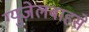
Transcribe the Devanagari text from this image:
ग्युज़ेलबाहसे